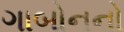
ગાબોનનો